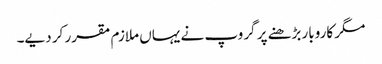
مگر کاروبار بڑھنے پر گروپ نے یہاں ملازم مقرر کر دیے۔